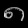
Digit: ၈